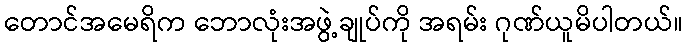
တောင်အမေရိက ဘောလုံးအဖွဲ့ချုပ်ကို အရမ်း ဂုဏ်ယူမိပါတယ်။